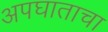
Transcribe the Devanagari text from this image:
अपघाताचा